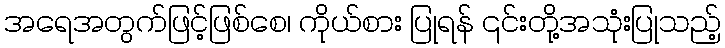
အရေအတွက်ဖြင့်ဖြစ်စေ၊ ကိုယ်စား ပြုရန် ၎င်းတို့အသုံးပြုသည့်